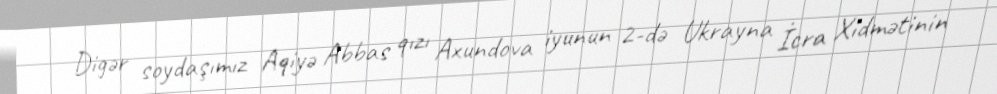
Digər soydaşımız Aqiyə Abbas qızı Axundova iyunun 2-də Ukrayna İcra Xidmətinin